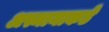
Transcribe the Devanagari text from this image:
अस्मानाकडे